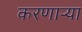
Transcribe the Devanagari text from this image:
करणार्‍या